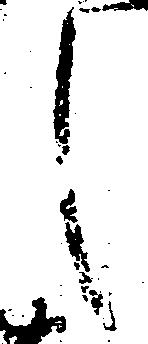
し